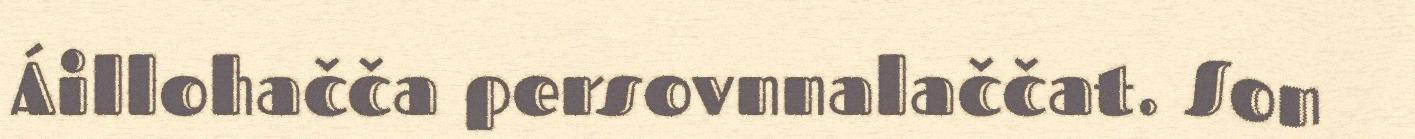
Áillohačča persovnnalaččat. Son